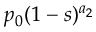
p _ { 0 } ( 1 - s ) ^ { a _ { 2 } }